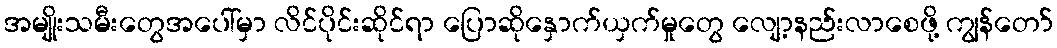
အမျိုးသမီးတွေအပေါ်မှာ လိင်ပိုင်းဆိုင်ရာ ပြောဆိုနှောက်ယှက်မှုတွေ လျော့နည်းလာစေဖို့ ကျွန်တော်